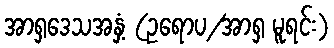
အာရှဒေသအနှံ့ (ဥရောပ/အာရှ မူရင်း)